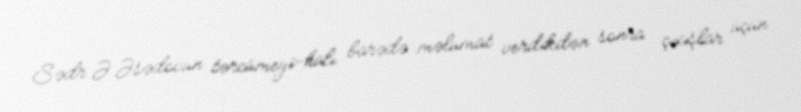
Sədr Ə.Əsədovun tərcümeyi-halı barədə məlumat verdikdən sonra çıxışlar üçün